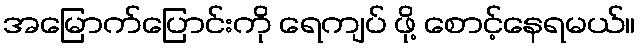
အမြောက်ပြောင်းကို ရေကျပ် ဖို့ စောင့်နေရမယ်။